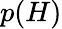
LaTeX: p(H)